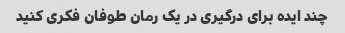
چند ایده برای درگیری در یک رمان طوفان فکری کنید